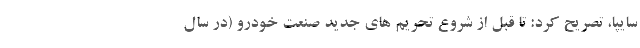
سایپا، تصریح کرد: تا قبل از شروع تحریم های جدید صنعت خودرو (در سال